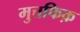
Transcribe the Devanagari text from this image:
मुत्तफिक़